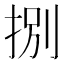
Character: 捌